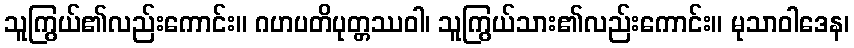
သူကြွယ်၏လည်းကောင်း။ ဂဟပတိပုတ္တဿဝါ၊ သူကြွယ်သား၏လည်းကောင်း။ မုသာဝါဒေန၊